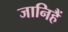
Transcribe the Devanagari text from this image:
जानिहैं